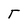
Character: T